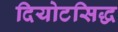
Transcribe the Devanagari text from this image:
दियोटसिद्ध